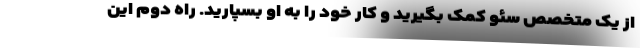
از یک متخصص سئو کمک بگیرید و کار خود را به او بسپارید. راه دوم این